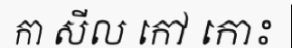
កា សីល កៅ កោះ